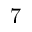
7